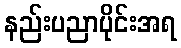
နည်းပညာပိုင်းအရ